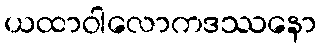
ယထာဝါလောကဒဿနော